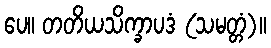
ပေ။ တတိယသိက္ခာပဒံ (သမတ္တံ)။